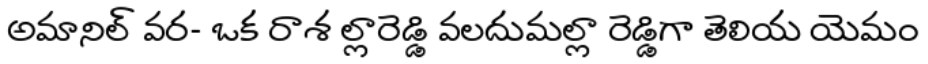
అమానిల్ వర- ఒక రాశ ల్లారెడ్డి వలదుమల్లా రెడ్డిగా తెలియ యెమం